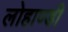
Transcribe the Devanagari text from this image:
लोहाण्डी